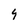
Character: 4